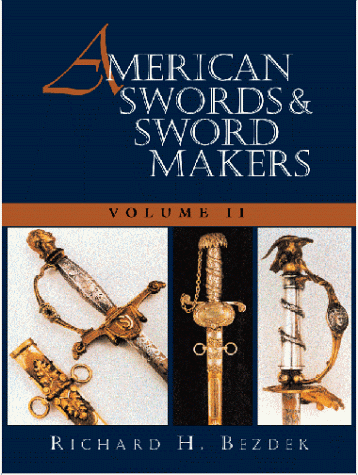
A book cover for American Swords and Sword Makers, Vol. II; Richard H. Bezdek; Crafts, Hobbies & Home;